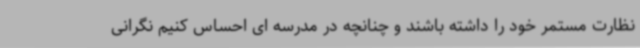
نظارت مستمر خود را داشته باشند و چنانچه در مدرسه ای احساس کنیم نگرانی